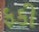
ફકી